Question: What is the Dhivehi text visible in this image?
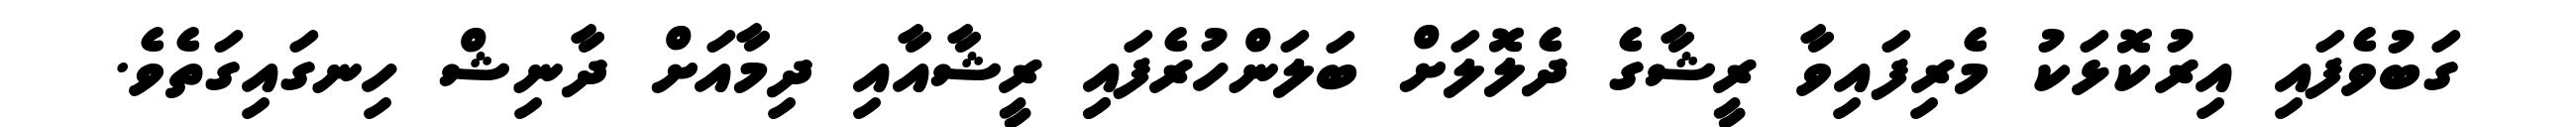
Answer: ގަބުވެފައި އިރުކޮޅަކު މެރިފައިވާ ރީޝާގެ ދެލޮލަށް ބަލަންހުރެފައިި ރީޝާއާއި ދިމާއަށް ދާނިޝް ހިނގައިގަތެވެ.